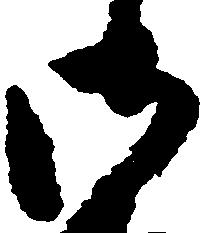
御